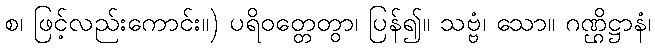
စ၊ ဖြင့်လည်းကောင်း။) ပရိဝတ္တေတွာ၊ ပြန်၍။ သဗ္ဗံ၊ သော။ ဂဏ္ဌိဋ္ဌာနံ၊